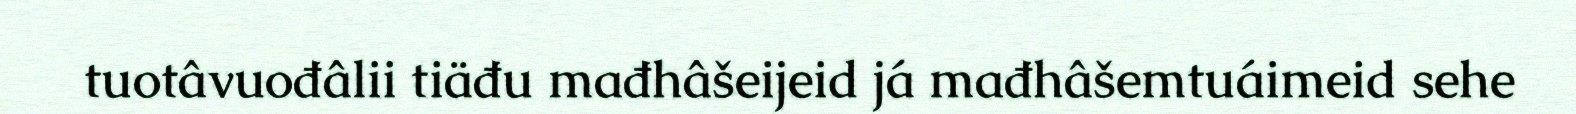
tuotâvuođâlii tiäđu mađhâšeijeid já mađhâšemtuáimeid sehe